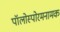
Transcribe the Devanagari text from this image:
पॉलोस्पोरमनामक